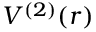
V ^ { ( 2 ) } ( r )